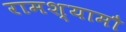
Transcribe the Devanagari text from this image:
रामश्यामौ